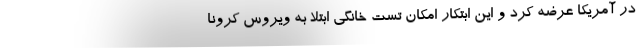
در آمریکا عرضه کرد و این ابتکار امکان تست خانگی ابتلا به ویروس کرونا